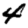
Digit: 4